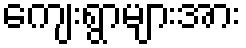
ကျေးရွာများအား